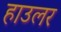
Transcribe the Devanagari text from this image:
हाउलर